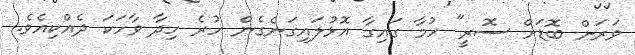
ވަރަށް ބޮޑަށް ސޮރީ" ހުމާ ގައިގާ އޮޅުލައިގަނެގެން ހުރެ ހިދާ ވާހަކަ ދެއްކިއެވެ.